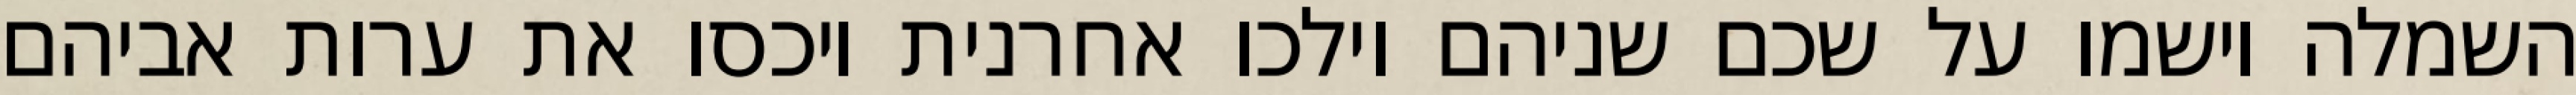
השמלה וישמו על שכם שניהם וילכו אחרנית ויכסו את ערות אביהם